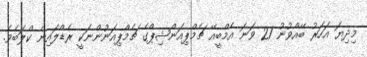
މިދިޔަ އަހަރު ބޭއްވުނު 21 ވަނަ އެމްބީއޭ ޗެމްޕިއަންޝިޕްގެ ޗެމްޕިއަނުންނަކީ ރެޑްލައިން ކްލަބެވެ.